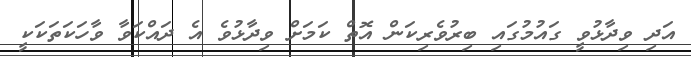
އަދި ވިދާޅުވީ ގައުމުގައި ބިރުވެރިކަން އޮތް ކަމަށް ވިދާޅުވެ އެ ދައްކަވާ ވާހަކަތަކަކީ